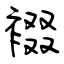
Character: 裰